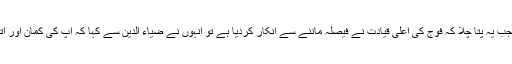
میاں صاحب کو جب یہ پتا چلا کہ فوج کی اعلیٰ قیادت نے فیصلہ ماننے سے انکار کردیا ہے تو انہوں نے ضیاء الدین سے کہا کہ آپ کی کمان اور اتھارٹی کدھر ہے۔